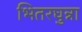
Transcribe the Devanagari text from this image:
भितरघुन्ना